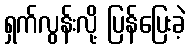
ရှက်လွန်းလို့ ပြန်ပြေးခဲ့